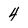
Character: 4